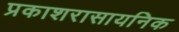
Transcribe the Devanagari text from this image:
प्रकाशरासायनिक